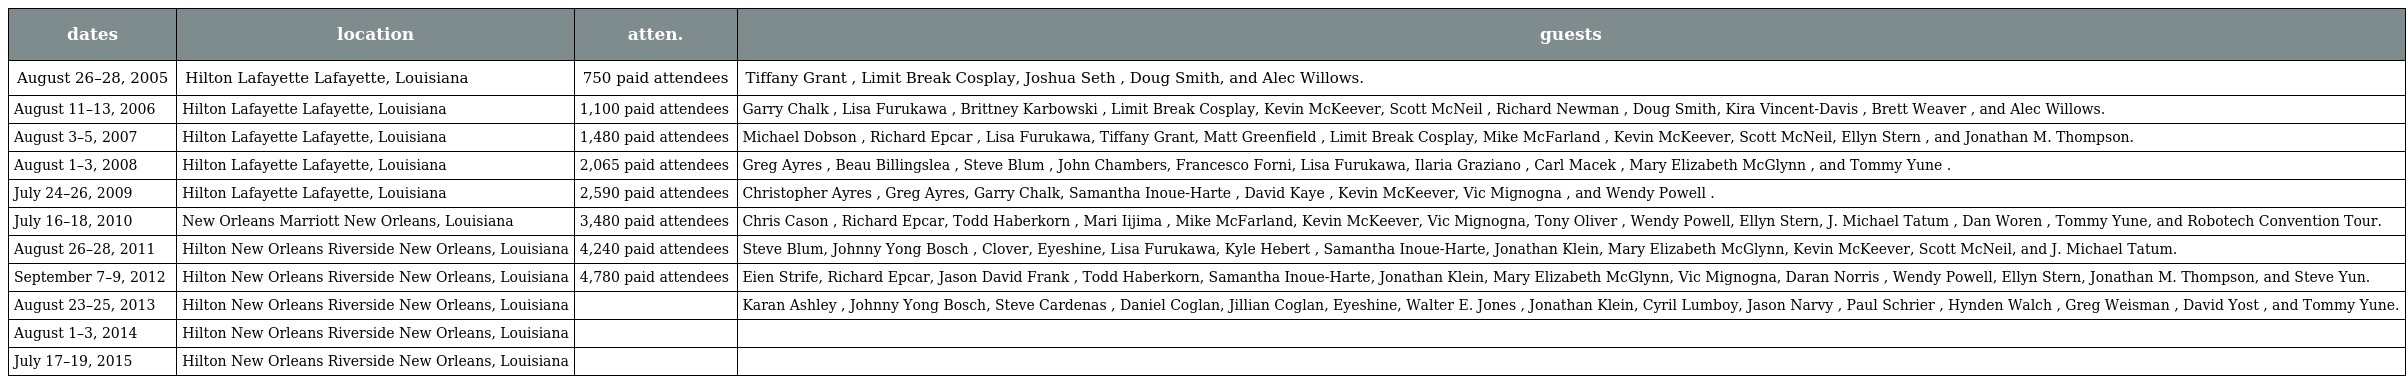
| dates | location | atten. | guests |
 | --- | --- | --- | --- |
 | August 26–28, 2005 | Hilton Lafayette Lafayette, Louisiana | 750 paid attendees | Tiffany Grant , Limit Break Cosplay, Joshua Seth , Doug Smith, and Alec Willows. |
 | August 11–13, 2006 | Hilton Lafayette Lafayette, Louisiana | 1,100 paid attendees | Garry Chalk , Lisa Furukawa , Brittney Karbowski , Limit Break Cosplay, Kevin McKeever, Scott McNeil , Richard Newman , Doug Smith, Kira Vincent-Davis , Brett Weaver , and Alec Willows. |
 | August 3–5, 2007 | Hilton Lafayette Lafayette, Louisiana | 1,480 paid attendees | Michael Dobson , Richard Epcar , Lisa Furukawa, Tiffany Grant, Matt Greenfield , Limit Break Cosplay, Mike McFarland , Kevin McKeever, Scott McNeil, Ellyn Stern , and Jonathan M. Thompson. |
 | August 1–3, 2008 | Hilton Lafayette Lafayette, Louisiana | 2,065 paid attendees | Greg Ayres , Beau Billingslea , Steve Blum , John Chambers, Francesco Forni, Lisa Furukawa, Ilaria Graziano , Carl Macek , Mary Elizabeth McGlynn , and Tommy Yune . |
 | July 24–26, 2009 | Hilton Lafayette Lafayette, Louisiana | 2,590 paid attendees | Christopher Ayres , Greg Ayres, Garry Chalk, Samantha Inoue-Harte , David Kaye , Kevin McKeever, Vic Mignogna , and Wendy Powell . |
 | July 16–18, 2010 | New Orleans Marriott New Orleans, Louisiana | 3,480 paid attendees | Chris Cason , Richard Epcar, Todd Haberkorn , Mari Iijima , Mike McFarland, Kevin McKeever, Vic Mignogna, Tony Oliver , Wendy Powell, Ellyn Stern, J. Michael Tatum , Dan Woren , Tommy Yune, and Robotech Convention Tour. |
 | August 26–28, 2011 | Hilton New Orleans Riverside New Orleans, Louisiana | 4,240 paid attendees | Steve Blum, Johnny Yong Bosch , Clover, Eyeshine, Lisa Furukawa, Kyle Hebert , Samantha Inoue-Harte, Jonathan Klein, Mary Elizabeth McGlynn, Kevin McKeever, Scott McNeil, and J. Michael Tatum. |
 | September 7–9, 2012 | Hilton New Orleans Riverside New Orleans, Louisiana | 4,780 paid attendees | Eien Strife, Richard Epcar, Jason David Frank , Todd Haberkorn, Samantha Inoue-Harte, Jonathan Klein, Mary Elizabeth McGlynn, Vic Mignogna, Daran Norris , Wendy Powell, Ellyn Stern, Jonathan M. Thompson, and Steve Yun. |
 | August 23–25, 2013 | Hilton New Orleans Riverside New Orleans, Louisiana |  | Karan Ashley , Johnny Yong Bosch, Steve Cardenas , Daniel Coglan, Jillian Coglan, Eyeshine, Walter E. Jones , Jonathan Klein, Cyril Lumboy, Jason Narvy , Paul Schrier , Hynden Walch , Greg Weisman , David Yost , and Tommy Yune. |
 | August 1–3, 2014 | Hilton New Orleans Riverside New Orleans, Louisiana |  |  |
 | July 17–19, 2015 | Hilton New Orleans Riverside New Orleans, Louisiana |  |  |